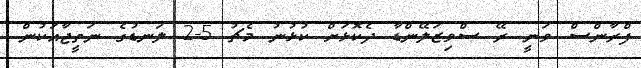
ފްރާންސް ވަނީ ރޭ ސްވިޒަލޭންޑާ ދެކޮޅަށް ކުޅުނު މެޗު 5-2 ލަނޑުގެ ނަތީޖާއަކުން